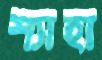
শ্যাহা